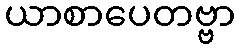
ယာစာပေတဗ္ဗာ